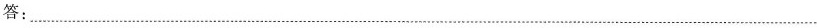
答：___